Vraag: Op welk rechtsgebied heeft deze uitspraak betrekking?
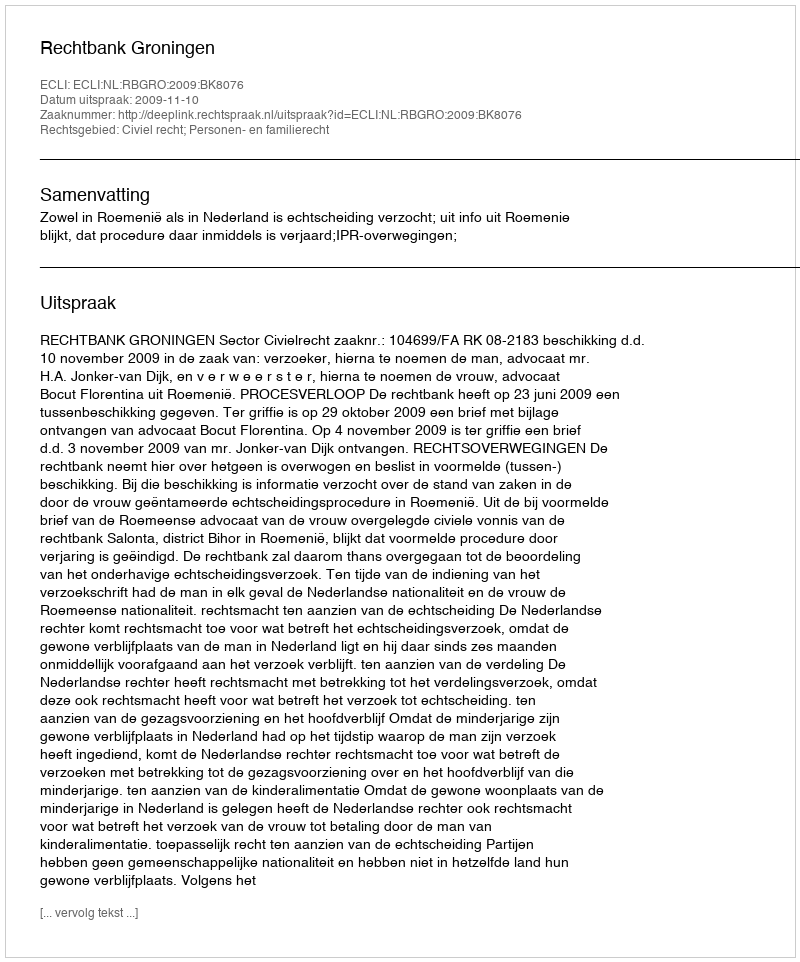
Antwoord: Civiel recht; Personen- en familierecht